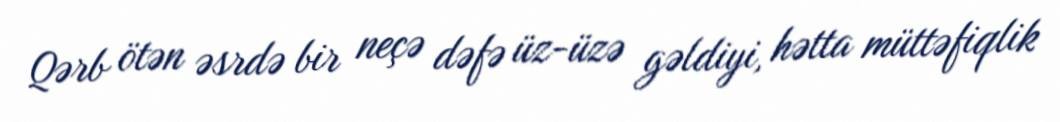
Qərb ötən əsrdə bir neçə dəfə üz-üzə gəldiyi, hətta müttəfiqlik